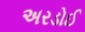
અરડોઈ